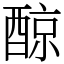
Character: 䣼